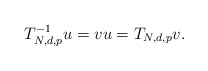
\begin{align*}T_{N,d,p}^{-1}u=vu=T_{N,d,p}v.\end{align*}